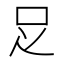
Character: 𠯁